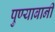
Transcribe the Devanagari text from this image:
पुण्याबानी